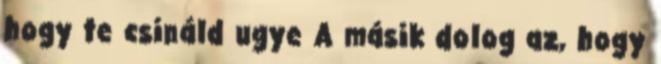
hogy te csináld ugye A másik dolog az, hogy